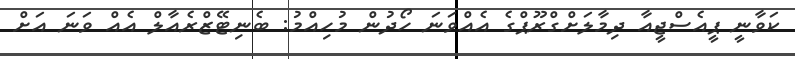
ކަވާނީ ޕީއެސްޖީއާ ދިމާލަށްގްރޫޕްގެ އެއްވަނަ ހޯދުން މުހިއްމު: ބެނިޓޭޒްރެއާލް އެއް ވަނަ އަށް